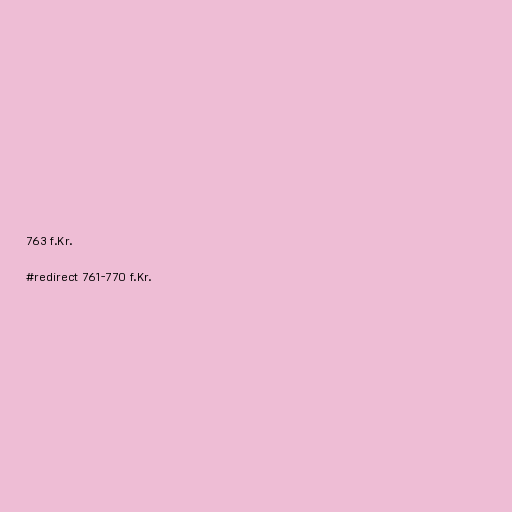
763 f.Kr.

#redirect 761-770 f.Kr.